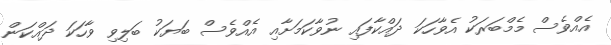
އެއްވެސް މެމްބަރަކު އެވާހަކަ ދައްކާފައި ނުވާކަމަށާއި އެއްވެސް ބަޔަކު ބަލިވި ވާހަކަ ދައްކަން